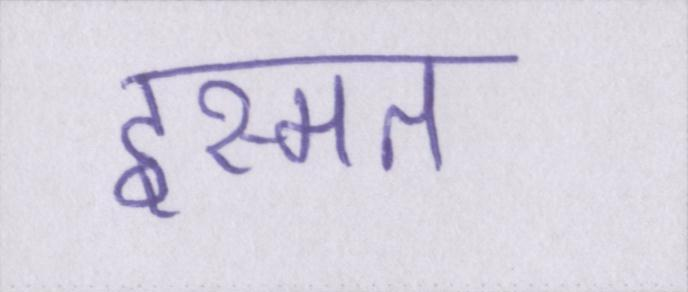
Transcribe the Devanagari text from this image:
इस्मत